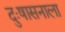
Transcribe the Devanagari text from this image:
दुःषासनाला